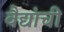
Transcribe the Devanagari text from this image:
वैद्यांची